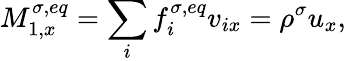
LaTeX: M_{1,x}^{\sigma,eq}=\sum_{i}f_{i}^{\sigma,eq}v_{ix}=\rho^{\sigma}u_{x},